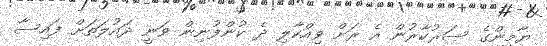
ޔާމީންގެ ސަރުކާރުން އެ ރަށް ވިއްކާލި ދެ ކުންފުނިން ވަނީ ދައުލަތަށް ފައިސާ